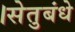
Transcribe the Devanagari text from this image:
।सेतुबंधे